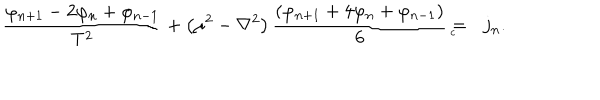
LaTeX: \frac { \varphi _ { n + 1 } - 2 \varphi _ { n } + \varphi _ { n - 1 } } { T ^ { 2 } } + \left( \mu ^ { 2 } - \nabla ^ { 2 } \right) \frac { \left( \varphi _ { n + 1 } + 4 \varphi _ { n } + \varphi _ { n - 1 } \right) } 6 = { } _ { { } _ { \! \! \! \! \! \! \! c } } \; \, j _ { n } .